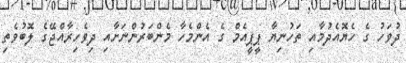
ދުވަހު ގެ ހެޔޮއެދުމާއި ތަހުނިޔާ ޕީޕީއެމް ގެ އެންމެހާ މެންބަރުންނަށާއި ދިވެހިރާއްޖޭގެ ލޮބުވެތި